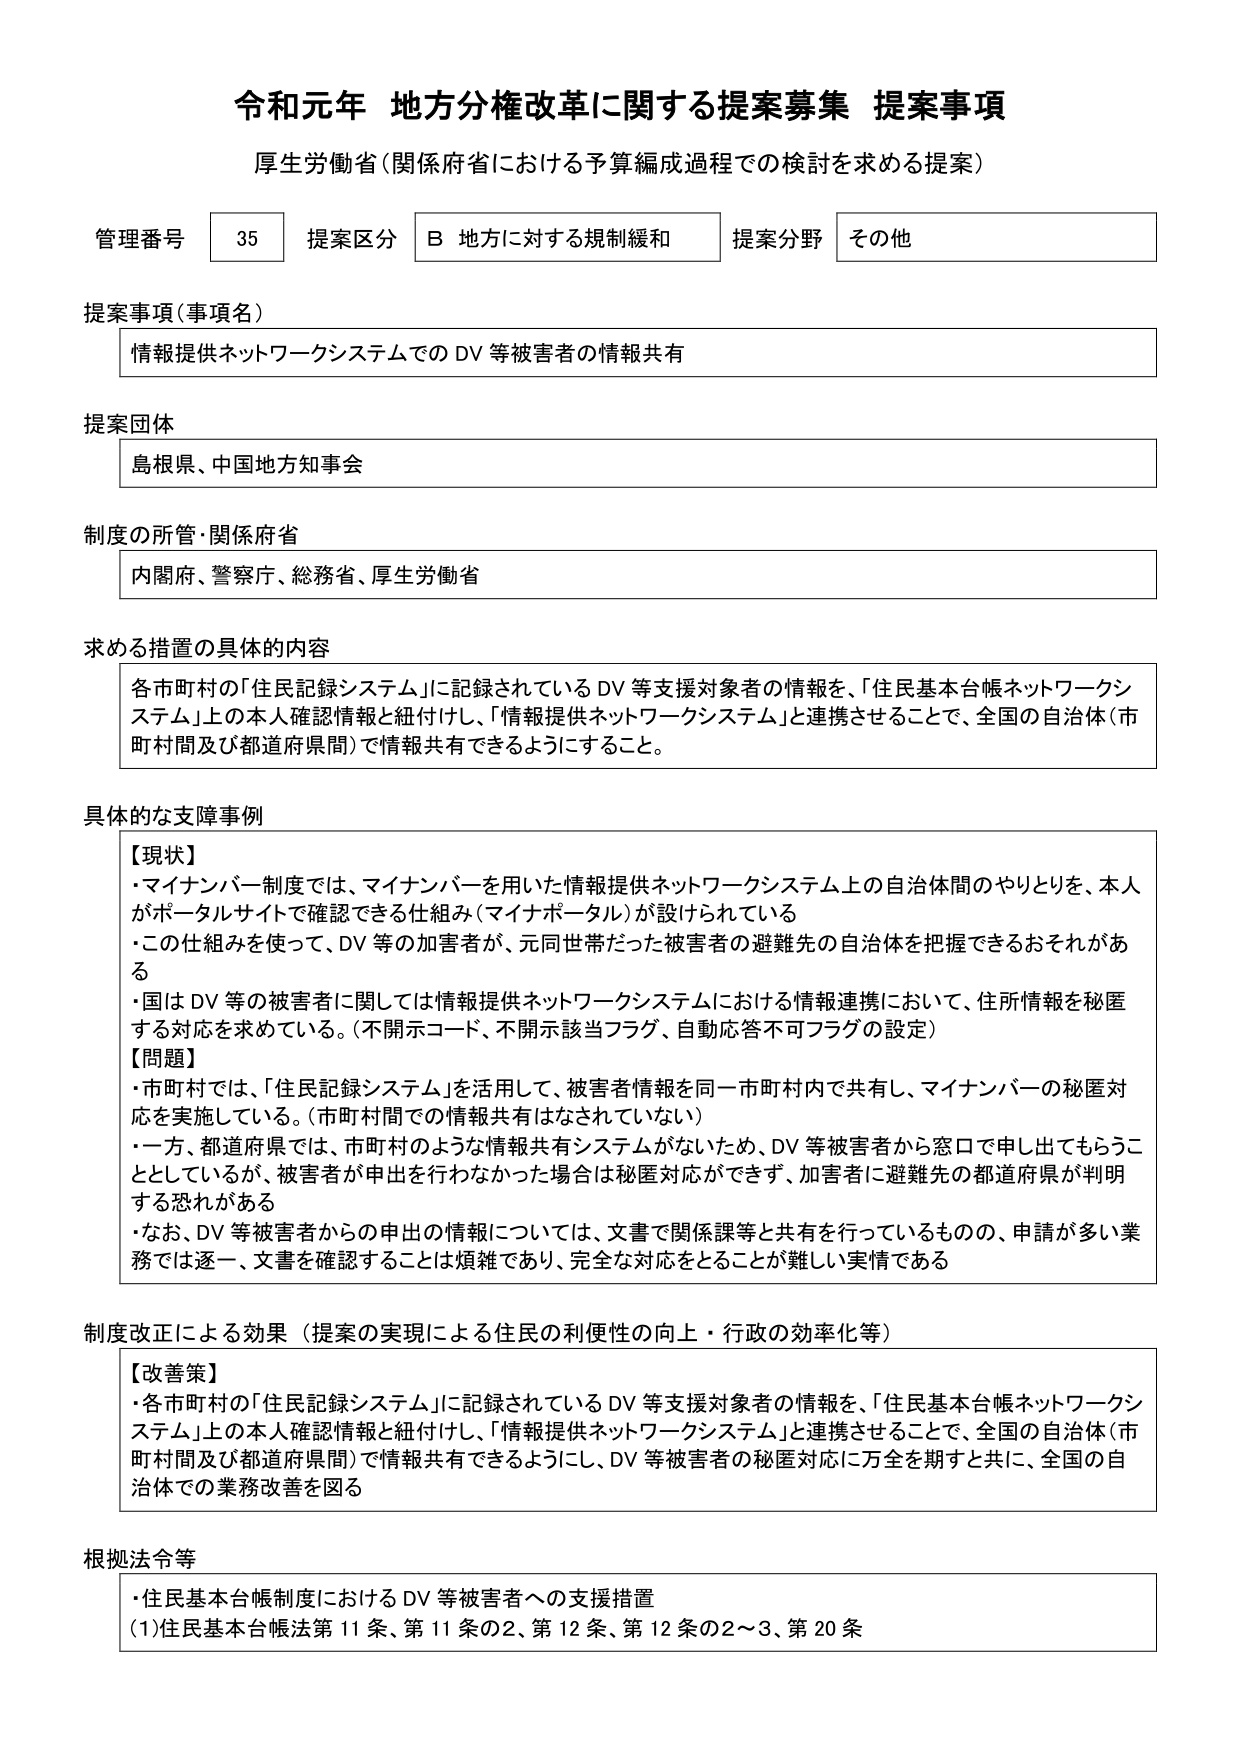
令和元年 地方分権改革に関する提案募集 提案事項
厚生労働省（関係府省における予算編成過程での検討を求める提案）

管理番号 35 提案区分 B 地方に対する規制緩和 提案分野 その他

提案事項（事項名）
情報提供ネットワークシステムでの DV 等被害者の情報共有

提案団体
島根県、中国地方知事会

制度の所管・関係府省
内閣府、警察庁、総務省、厚生労働省

求める措置の具体的内容
各市町村の「住民記録システム」に記録されている DV 等支援対象者の情報を、「住民基本台帳ネットワークシステム」上の本人確認情報と紐付けし、「情報提供ネットワークシステム」と連携させることで、全国の自治体（市町村間及び都道府県間）で情報共有できるようにすること。

具体的な支障事例
【現状】
・マイナンバー制度では、マイナンバーを用いた情報提供ネットワークシステム上の自治体間のやりとりを、本人がポータルサイトで確認できる仕組み（マイナポータル）が設けられている
・この仕組みを使って、DV 等の加害者が、元同世帯だった被害者の避難先の自治体を把握できるおそれがある
・国は DV 等の被害者に関しては情報提供ネットワークシステムにおける情報連携において、住所情報を秘匿する対応を求めている。（不開示コード、不開示該当フラグ、自動応答不可フラグの設定）
【問題】
・市町村では、「住民記録システム」を活用して、被害者情報を同一市町村内で共有し、マイナンバーの秘匿対応を実施している。（市町村間での情報共有はなされていない）
・一方、都道府県では、市町村のような情報共有システムがないため、DV 等被害者から窓口で申し出てもらうこととしているが、被害者が申出を行わなかった場合は秘匿対応ができず、加害者に避難先の都道府県が判明する恐れがある
・なお、DV 等被害者からの申出の情報については、文書で関係課等と共有を行っているものの、申請が多い業務では逐一、文書を確認することは煩雑であり、完全な対応をとることが難しい実情である

制度改正による効果（提案の実現による住民の利便性の向上・行政の効率化等）
【改善策】
・各市町村の「住民記録システム」に記録されている DV 等支援対象者の情報を、「住民基本台帳ネットワークシステム」上の本人確認情報と紐付けし、「情報提供ネットワークシステム」と連携させることで、全国の自治体（市町村間及び都道府県間）で情報共有できるようにし、DV 等被害者の秘匿対応に万全を期すと共に、全国の自治体での業務改善を図る

根拠法令等
・住民基本台帳制度における DV 等被害者への支援措置
(1) 住民基本台帳法第11条、第11条の2、第12条、第12条の2～3、第20条